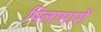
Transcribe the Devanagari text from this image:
पिलामारों